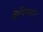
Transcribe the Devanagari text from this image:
केविन्गटन